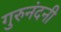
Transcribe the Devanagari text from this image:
गुरुनंदनी